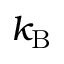
k _ { \mathrm { B } }